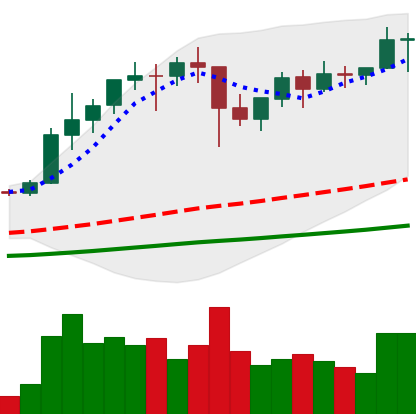
Ticker: ETH-USD
Chart end date: 2021-01-20
Forward return: -4.186%
Label: down_3_5